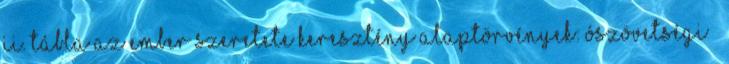
II. tábla az ember szeretete Keresztény alaptörvények: ószövetségi –